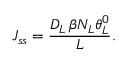
{ { J } _ { s s } } = \frac { { { D } _ { L } } \, \beta { { N } _ { L } \theta _ { L } ^ { 0 } } } { L } .